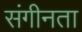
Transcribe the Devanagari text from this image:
संगीनता